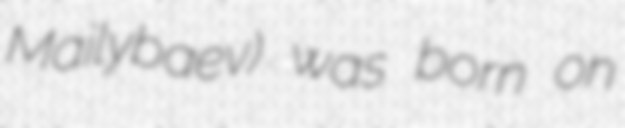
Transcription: Mailybaev) was born on